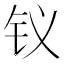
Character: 𮷶